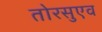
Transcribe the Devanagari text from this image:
तोरसुएव